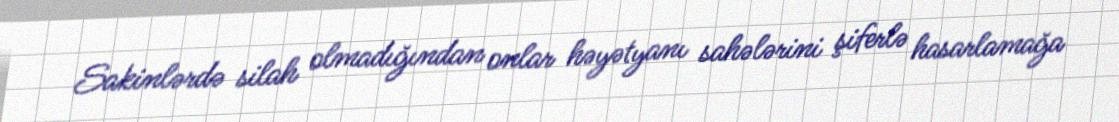
Sakinlərdə silah olmadığından onlar həyətyanı sahələrini şiferlə hasarlamağa